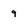
Character: 9